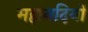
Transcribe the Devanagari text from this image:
महानदियों